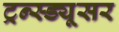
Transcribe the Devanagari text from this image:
ट्रन्स्ड्यूसर